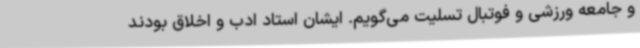
و جامعه ورزشی و فوتبال تسلیت می‌گویم. ایشان استاد ادب و اخلاق بودند